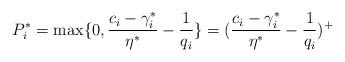
LaTeX: \begin{align*}P_i^*=\max\{0,\frac{c_i-\gamma_i^*}{\eta^*}-\frac{1}{q_i}\}=(\frac{c_i-\gamma_i^*}{\eta^*}-\frac{1}{q_i})^+\end{align*}